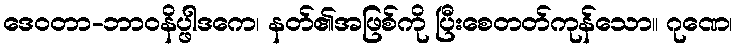
ဒေဝတာ-ဘာဝနိပ္ဖါဒကေ၊ နတ်၏အဖြစ်ကို ပြီးစေတတ်ကုန်သော။ ဂုဏေ၊